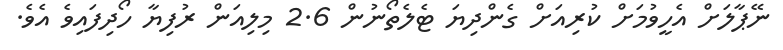
ނޭޕާލަށް އެހީވުމަށް ކުރިއަށް ގެންދިޔަ ޓެލެތޯނުން 2.6 މިލިއަން ރުފިޔާ ހޯދިފައިވެ އެވެ.